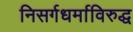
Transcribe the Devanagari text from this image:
निसर्गधर्माविरुद्ध